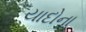
યાદોના